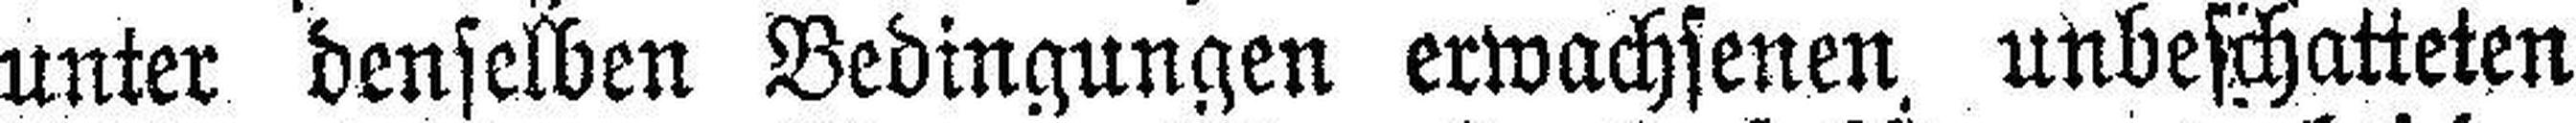
unter denselben Bedingungen erwachsenen unbeschatteten